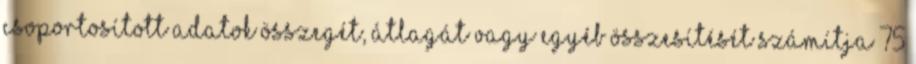
Csoportosított adatok összegét, átlagát vagy egyéb összesítését számítja 75